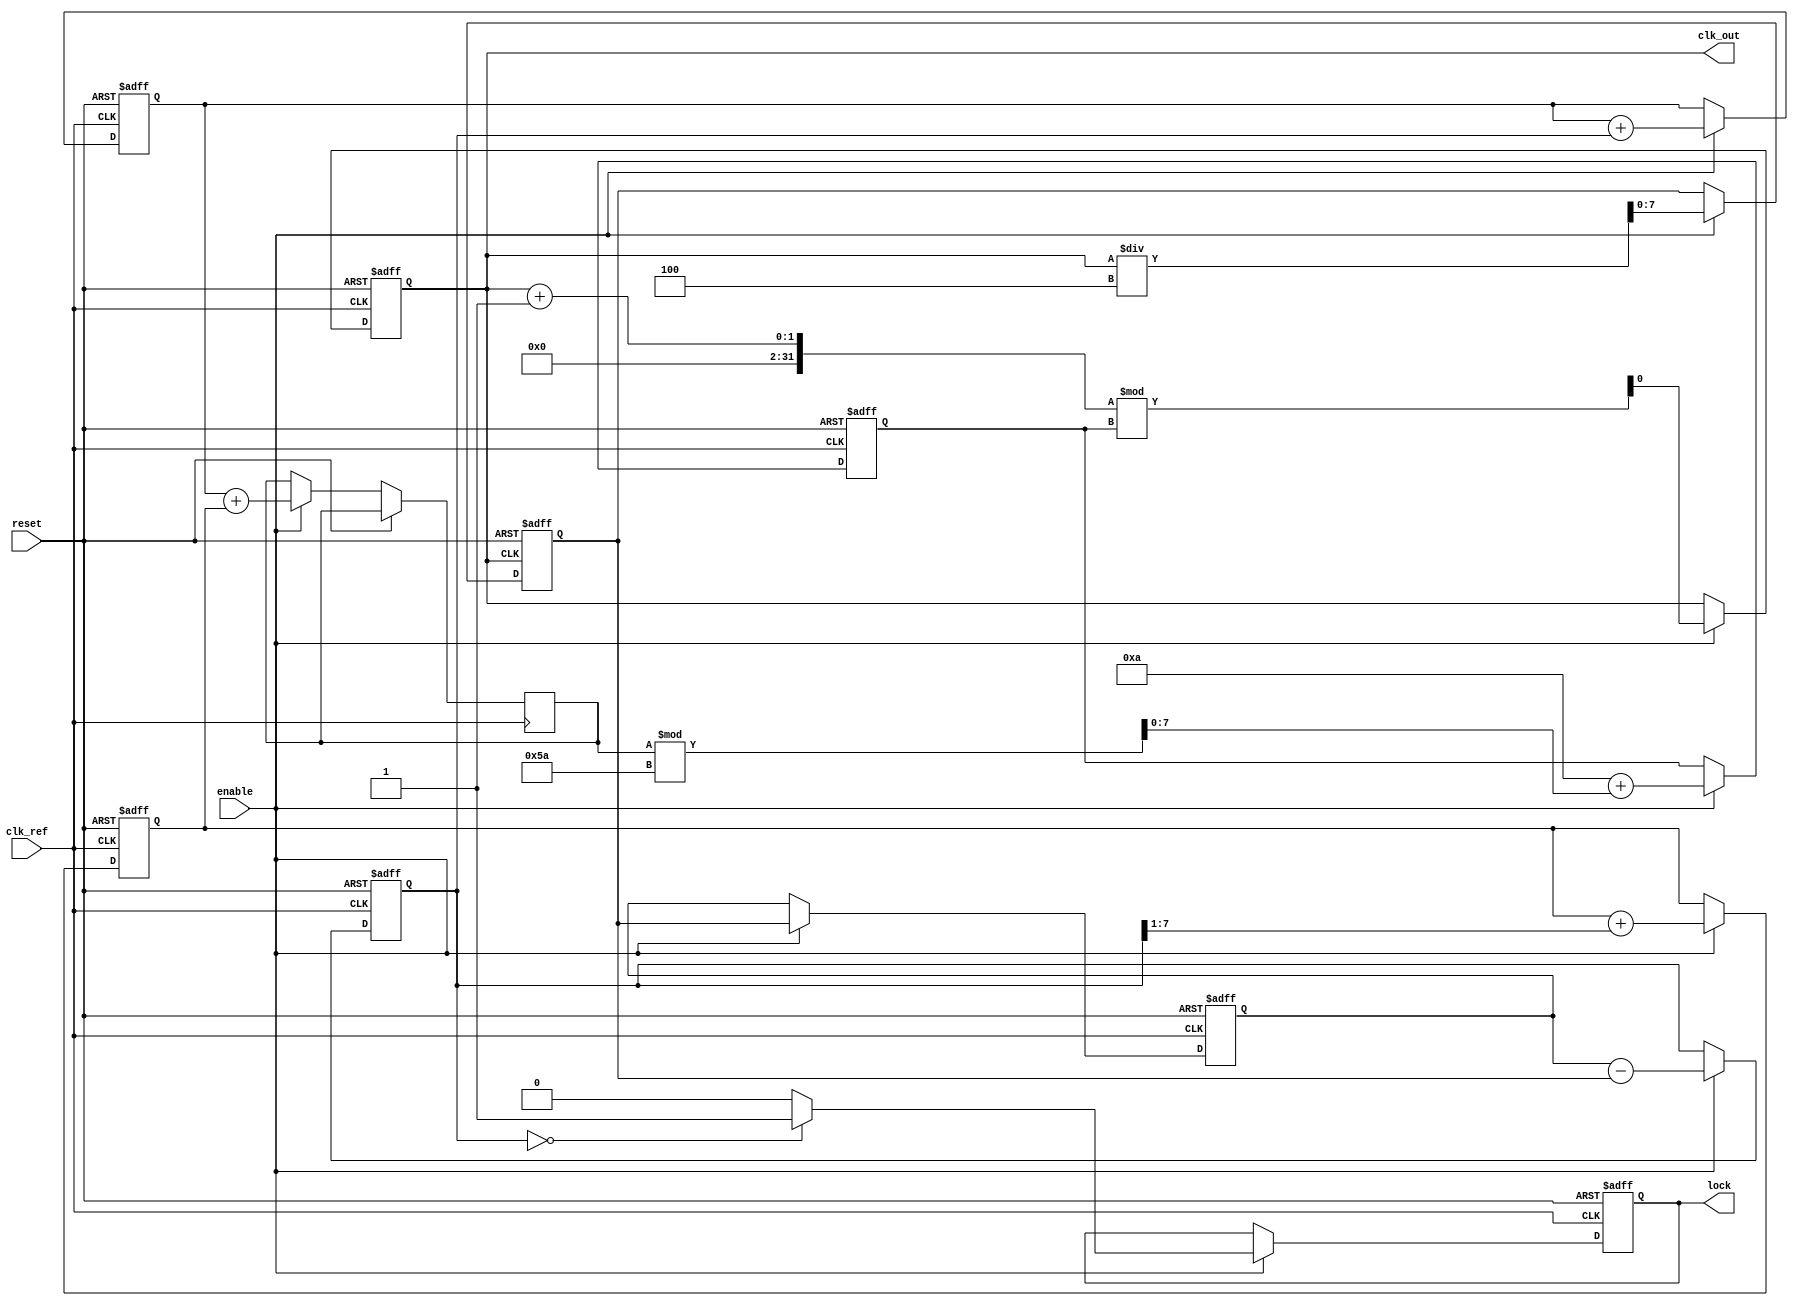
module dual_loop_pll (
    input wire clk_ref,          // Reference clock input
    input wire reset,            // Reset signal
    input wire enable,           // Enable signal for PLL
    output reg clk_out,          // Output clock signal
    output reg lock              // Lock indicator
);

    // Parameters
    parameter DIV_RATIO = 4;     // Division ratio for feedback
    parameter VCO_MAX_FREQ = 100; // Max frequency for VCO
    parameter VCO_MIN_FREQ = 10;  // Min frequency for VCO

    // Internal signals
    reg [7:0] phase_error;        // Phase error signal from PD
    reg [7:0] control_voltage;     // Control voltage for VCO
    reg [7:0] vco_freq;            // Current frequency of VCO
    reg [7:0] inner_loop_filter;   // Inner loop filter output
    reg [7:0] outer_loop_filter;   // Outer loop filter output
    reg [7:0] vco_output;          // VCO output signal
    reg [7:0] divider_output;      // Divider output signal
    reg [7:0] feedback;            // Feedback signal for PD

    // Phase Detector (PD)
    always @(posedge clk_ref or posedge reset) begin
        if (reset) begin
            phase_error <= 0;
        end else if (enable) begin
            // Simple phase error calculation (for illustration)
            phase_error <= feedback - divider_output;
        end
    end

    // Loop Filter (Inner and Outer)
    always @(posedge clk_ref or posedge reset) begin
        if (reset) begin
            inner_loop_filter <= 0;
            outer_loop_filter <= 0;
        end else if (enable) begin
            // Inner loop filter (simple proportional control)
            inner_loop_filter <= inner_loop_filter + phase_error;

            // Outer loop filter (integral control)
            outer_loop_filter <= outer_loop_filter + (phase_error >> 1);
            control_voltage <= inner_loop_filter + outer_loop_filter;
        end
    end

    // Voltage-Controlled Oscillator (VCO)
    always @(posedge clk_ref or posedge reset) begin
        if (reset) begin
            vco_freq <= VCO_MIN_FREQ;
            clk_out <= 0;
        end else if (enable) begin
            // Adjust VCO frequency based on control voltage
            vco_freq <= VCO_MIN_FREQ + (control_voltage % (VCO_MAX_FREQ - VCO_MIN_FREQ));
            clk_out <= (clk_out + 1) % vco_freq; // Generate output clock
        end
    end

    // Divider
    always @(posedge clk_out or posedge reset) begin
        if (reset) begin
            divider_output <= 0;
        end else if (enable) begin
            divider_output <= clk_out / DIV_RATIO; // Divide output clock
        end
    end

    // Feedback and Lock Detection
    always @(posedge clk_ref or posedge reset) begin
        if (reset) begin
            feedback <= 0;
            lock <= 0;
        end else if (enable) begin
            feedback <= divider_output;
            // Simple lock detection logic
            if (phase_error == 0) begin
                lock <= 1; // PLL is locked
            end else begin
                lock <= 0; // PLL is not locked
            end
        end
    end

endmodule